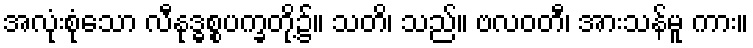
အလုံးစုံသော လီနုဒ္ဓစ္စပက္ခတို့၌။ သတိ၊ သည်။ ဗလဝတီ၊ အားသန်မူ ကား။